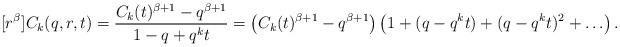
LaTeX: \begin{align*}[r^\beta] C_k(q,r,t) = \frac{C_k(t)^{\beta+1}-q^{\beta+1}}{1-q+q^kt} = \left( C_k(t)^{\beta+1}-q^{\beta+1} \right) \left( 1 + (q-q^kt) + (q-q^kt)^2 + \hdots \right).\end{align*}